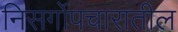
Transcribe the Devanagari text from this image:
निसर्गोपचारातील